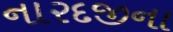
નારદજીના